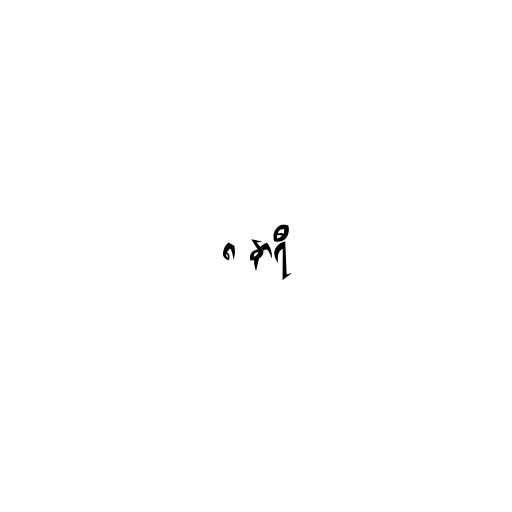
၈ နာရီ